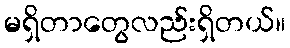
မရှိတာတွေလည်းရှိတယ်။